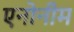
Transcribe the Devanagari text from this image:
एनोनीम